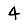
Digit: 4